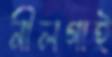
নীলগাই